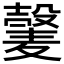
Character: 𫜕